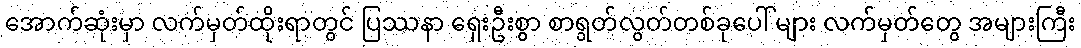
အောက်ဆုံးမှာ လက်မှတ်ထိုးရာတွင် ပြဿနာ ရှေးဦးစွာ စာရွတ်လွတ်တစ်ခုပေါ် များ လက်မှတ်တွေ အများကြီး